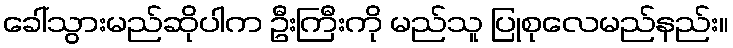
ခေါ်သွားမည်ဆိုပါက ဦးကြီးကို မည်သူ ပြုစုလေမည်နည်း။